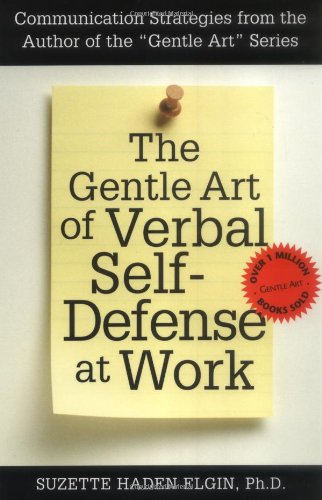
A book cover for The Gentle Art of Verbal Self-Defense at Work; Suzette Haden Elgin; Humor & Entertainment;